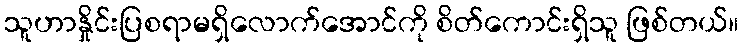
သူဟာနှိုင်းပြစရာမရှိလောက်အောင်ကို စိတ်ကောင်းရှိသူ ဖြစ်တယ်။